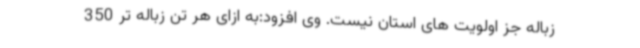
زباله جز اولویت های استان نیست. وی افزود:به ازای هر تن زباله ‌تر 350